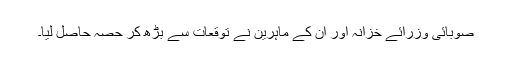
صوبائی وزرائے خزانہ اور ان کے ماہرین نے توقعات سے بڑھ کر حصہ حاصل لیا۔